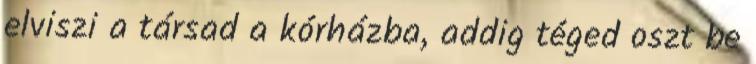
elviszi a társad a kórházba, addig téged oszt be